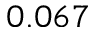
0 . 0 6 7